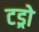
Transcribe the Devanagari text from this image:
टड्रो